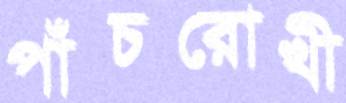
পাঁচরোখী